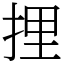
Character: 捚